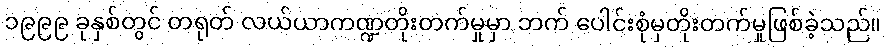
၁၉၉၉ ခုနှစ်တွင် တရုတ် လယ်ယာကဏ္ဍတိုးတက်မှုမှာ ဘက် ပေါင်းစုံမှတိုးတက်မှုဖြစ်ခဲ့သည်။